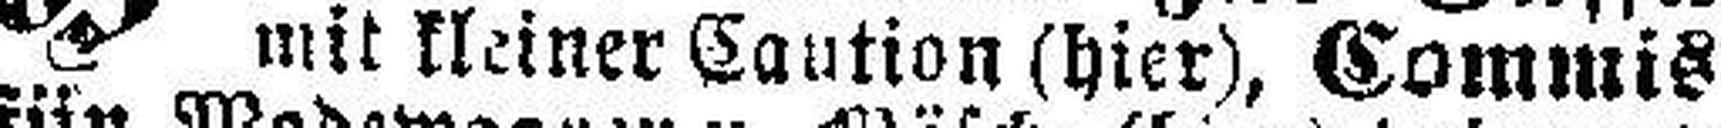
mit kleiner Caution (hier), Commis